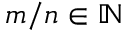
m / n \in \mathbb { N }